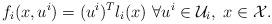
LaTeX: \begin{gather*}f_i(x,u^i) = (u^i)^Tl_i(x)\ \forall u^i \in \mathcal{U}_i, \ x \in \mathcal{X}.\end{gather*}